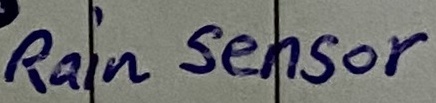
Text: Rain Sensor